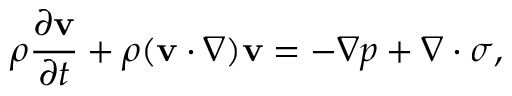
{ \rho } { \frac { \partial \mathbf { v } } { \partial t } } + { \rho ( \mathbf { v } \cdot \nabla ) \mathbf { v } } = - \nabla p + \nabla \cdot \sigma ,